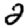
Digit: 2